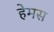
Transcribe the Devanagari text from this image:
हेमस